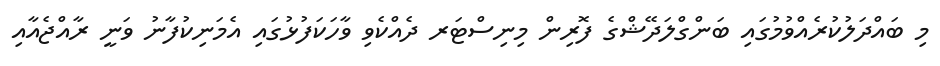
މި ބައްދަލުކުރެއްވުމުގައި ބަންގްލަދޭޝްގެ ފޮރިން މިނިސްޓަރ ދެއްކެވި ވާހަކަފުޅުގައި އެމަނިކުފާނު ވަނީ ރާއްޖެއާއި